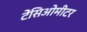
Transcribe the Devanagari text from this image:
टेंसिओमीटर